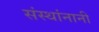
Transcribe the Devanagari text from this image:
संस्थांनानी